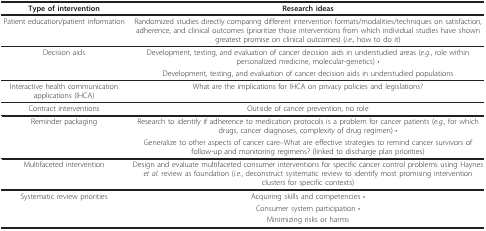
<table><thead><tr><td><b>Type of intervention</b></td><td><b>Research ideas</b></td></tr></thead><tbody><tr><td>Patient education/patient information</td><td>Randomized studies directly comparing different intervention formats/modalities/techniques on satisfaction, adherence, and clinical outcomes (prioritize those interventions from which individual studies have shown greatest promise on clinical outcomes) (<i>i.e.</i>, how to do it)</td></tr><tr><td>Decision aids</td><td>Development, testing, and evaluation of cancer decision aids in understudied areas (<i>e.g.</i>, role within personalized medicine, molecular-genetics) •</td></tr><tr><td></td><td>Development, testing, and evaluation of cancer decision aids in understudied populations</td></tr><tr><td>Interactive health communication applications (IHCA)</td><td>What are the implications for IHCA on privacy policies and legislations?</td></tr><tr><td>Contract interventions</td><td>Outside of cancer prevention, no role</td></tr><tr><td>Reminder packaging</td><td>Research to identify if adherence to medication protocols is a problem for cancer patients (<i>e.g.</i>, for which drugs, cancer diagnoses, complexity of drug regimen) •</td></tr><tr><td></td><td>Generalize to other aspects of cancer care--What are effective strategies to remind cancer survivors of follow-up and monitoring regimens? (linked to discharge plan priorities)</td></tr><tr><td>Multifaceted intervention</td><td>Design and evaluate multifaceted consumer interventions for specific cancer control problems using Haynes <i>et al. </i>review as foundation (<i>i.e.</i>, deconstruct systematic review to identify most promising intervention clusters for specific contexts)</td></tr><tr><td>Systematic review priorities</td><td>Acquiring skills and competencies •</td></tr><tr><td></td><td>Consumer system participation •</td></tr><tr><td></td><td>Minimizing risks or harms</td></tr></tbody></table>